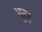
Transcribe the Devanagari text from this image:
भुतूर